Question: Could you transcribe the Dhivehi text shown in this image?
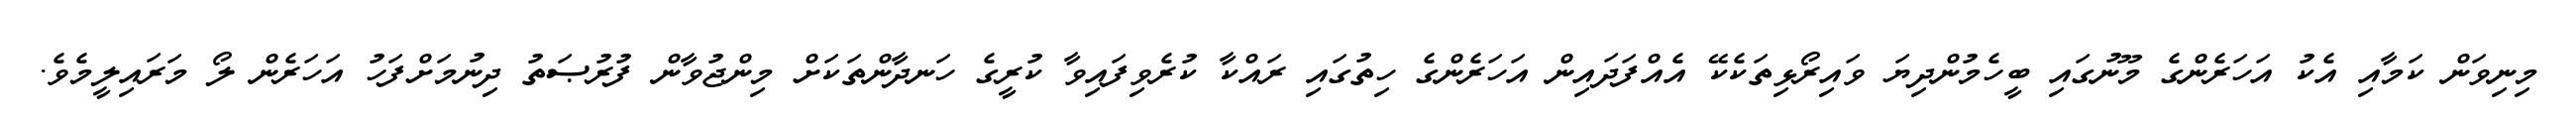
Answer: މިނިވަން ކަމާއި އެކު އަހަރެންގެ މޫނުގައި ބީހެމުންދިޔަ ވައިރޯޅިތަކެކޭ އެއްފަދައިން އަހަރެންގެ ހިތުގައި ރައްކާ ކުރެވިފައިވާ ކުރީގެ ހަނދާންތަކަށް މިންޖުވާން ފުރުޞަތު ދިނުމަށްފަހު އަހަރެން ލޯ މަރައިލީމެވެ.